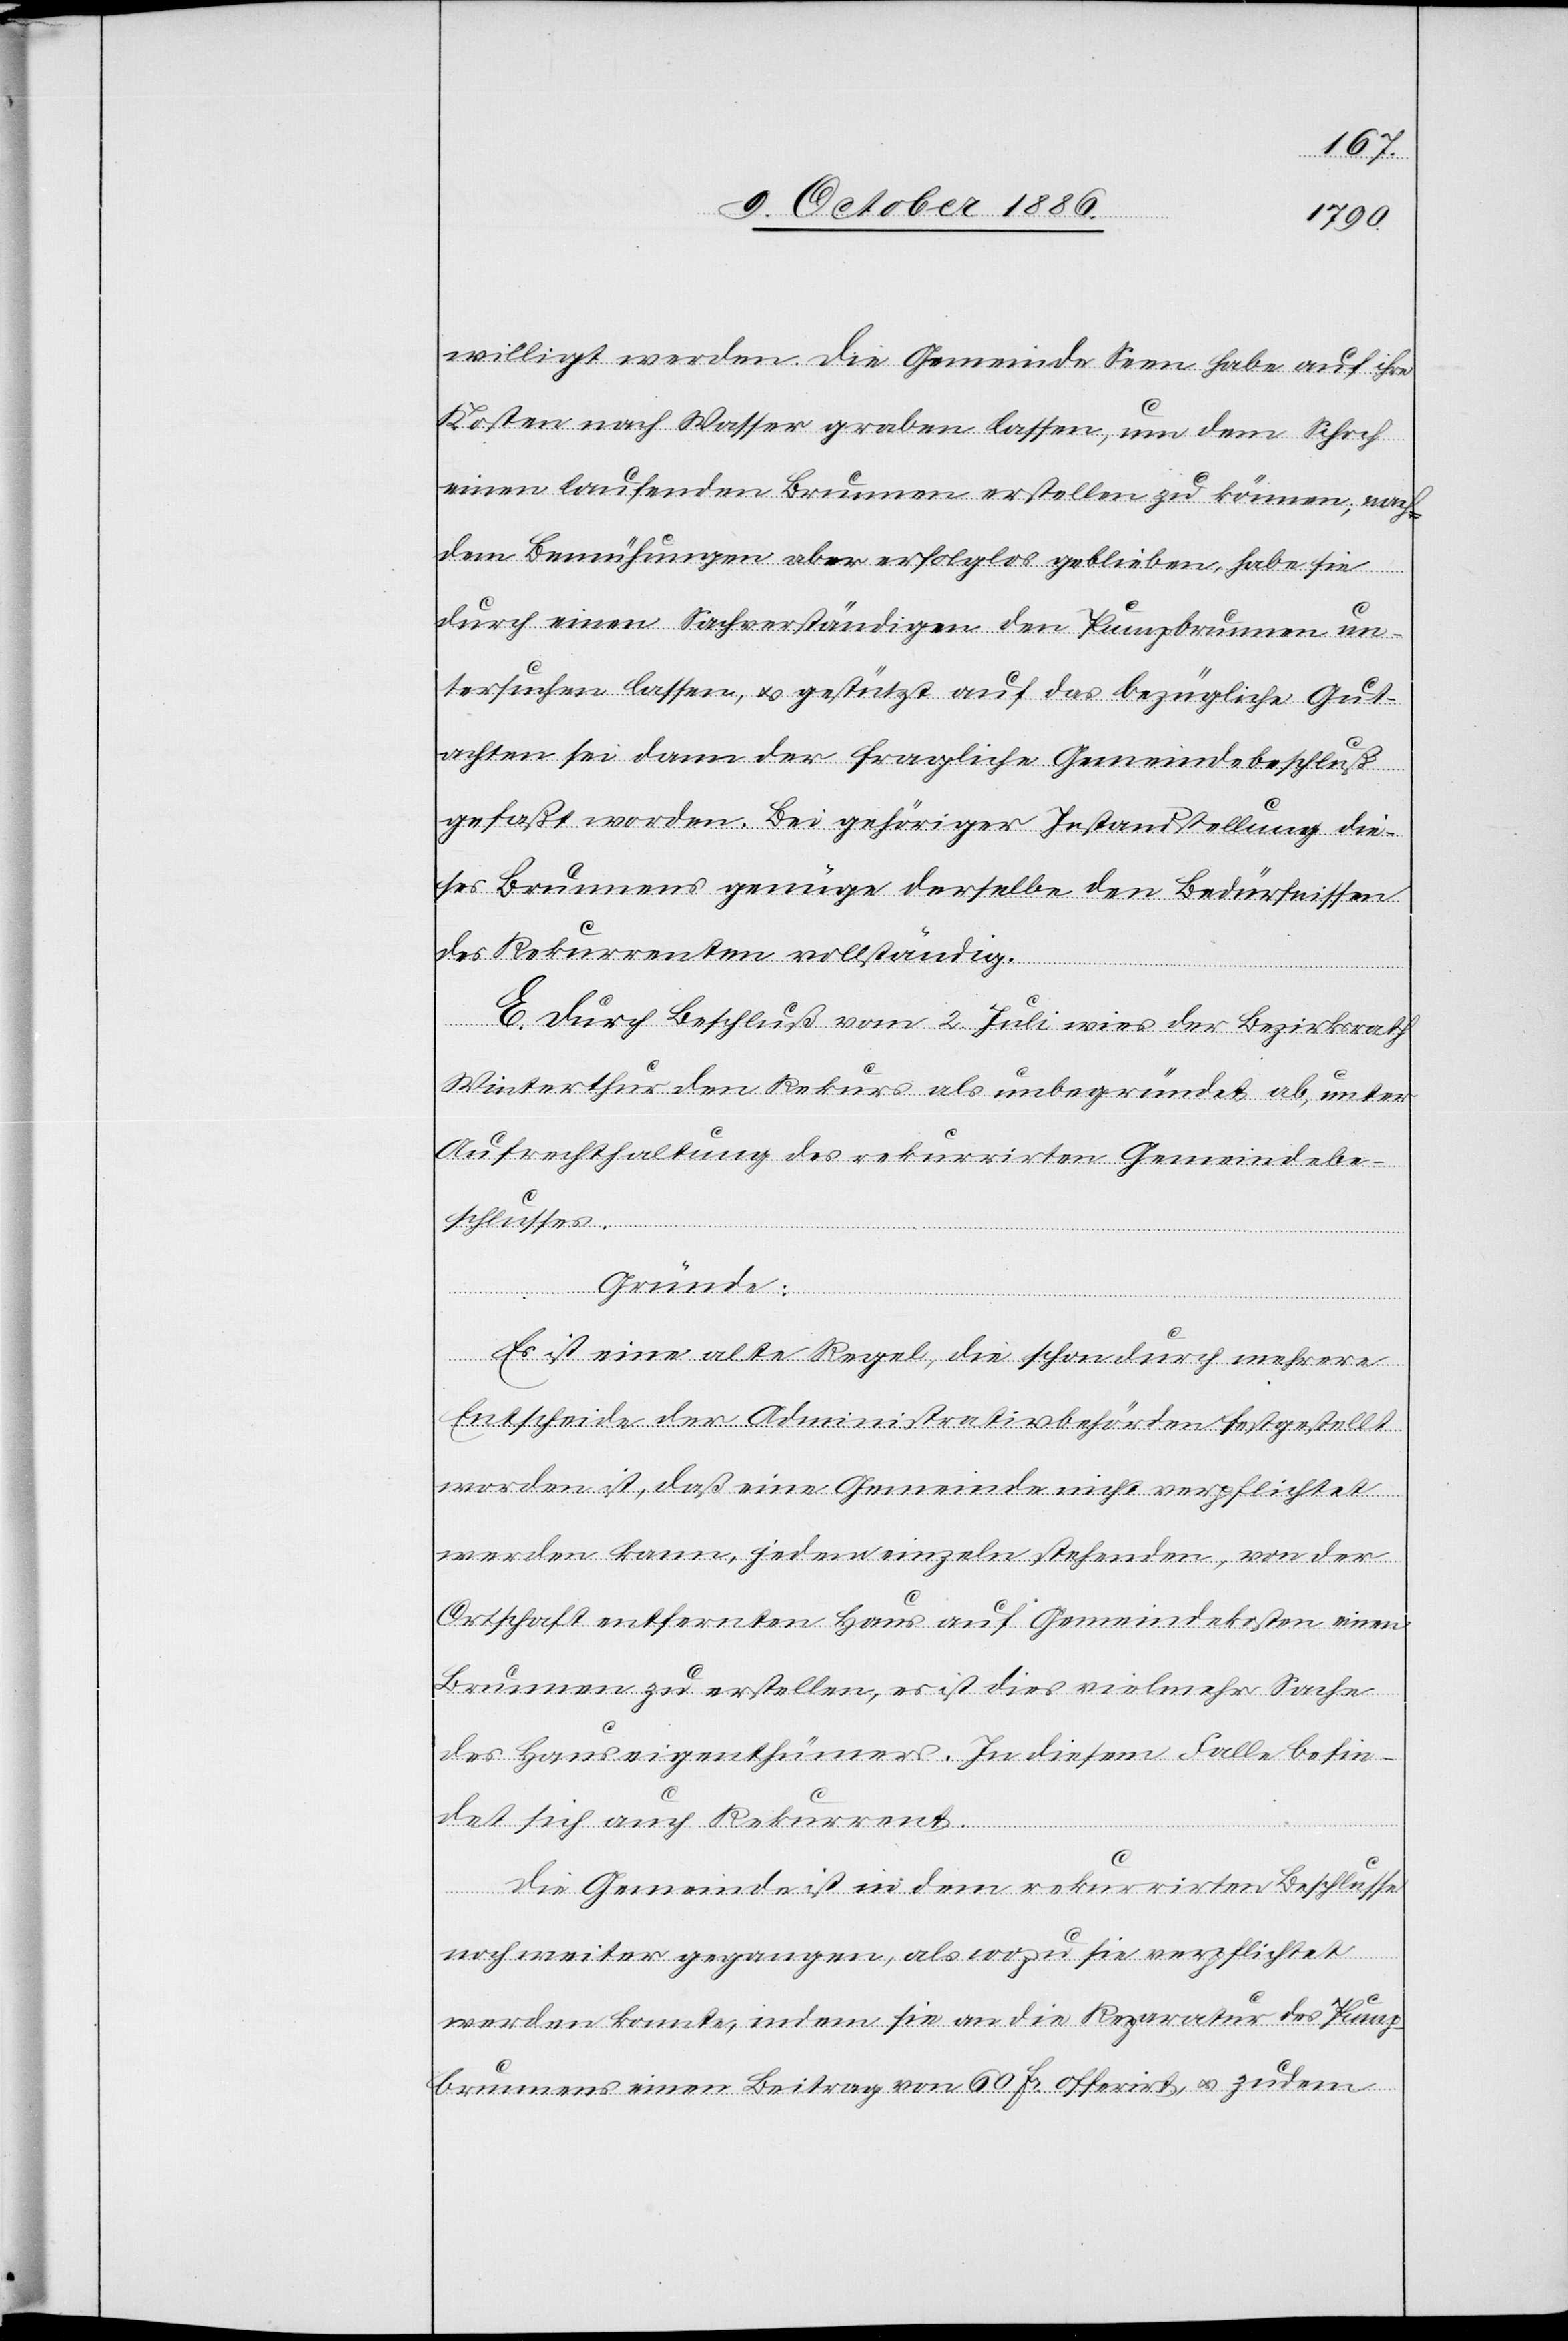
willigt werden. Die Gemeinde Seen habe auf ihre
Kosten nach Wasser graben lassen, um dem Schoch
einen laufenden Brunnen erstellen zu können; nach¬
dem Bemühungen aber erfolglos geblieben, habe sie
durch einen Sachverständigen den Pumpbrunnen un¬
tersuchen lassen, & gestützt auf das bezügliche Gut¬
achten sei dann der fragliche Gemeindebeschluß
gefaßt worden. Bei gehöriger Instandstellung die¬
ses Brunnens genüge derselbe den Bedürfnissen
des Rekurrenten vollständig.
E. Durch Beschluß vom 2. Juli wies der Bezirksrath
Winterthur den Rekurs als unbegründet ab, unter
Aufrechthaltung des rekurrirten Gemeindebe¬
schlusses.
Gründe:
Es ist eine alte Regel, die schon durch mehrere
Entscheide der Administrativbehörden festgestellt
worden ist, daß eine Gemeinde nicht verpflichtet
werden kann, jedem einzeln stehenden, von der
Ortschaft entfernten Haus auf Gemeindekosten einen
Brunnen zu erstellen, es ist dies vielmehr Sache
des Hauseigenthümers. In diesem Falle befin¬
det sich auch Rekurrent.
Die Gemeinde ist in dem rekurrirten Beschlusse
noch weiter gegangen, als wozu sie verpflichtet
werden konnte, indem sie an die Reparatur des Pump¬
brunnens einen Beitrag von 60 Fr. offerirt, & zudem